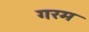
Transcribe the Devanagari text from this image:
गरम